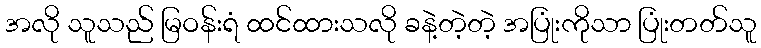
အလို သူသည် မြဝန်းရံ ထင်ထားသလို ခနဲ့တဲ့တဲ့ အပြုံးကိုသာ ပြုံးတတ်သူ